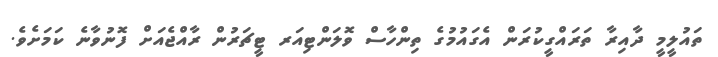
ތައުލީމީ ދާއިރާ ތަރައްގީކުރަން އެގައުމުގެ ތިންހާސް ވޮލަންޓިއަރ ޓީޗަރުން ރާއްޖެއަށް ފޮނުވާނެ ކަމަށެވެ.